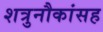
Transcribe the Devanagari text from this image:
शत्रुनौकांसह